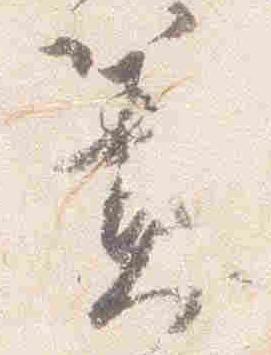
簀